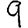
Digit: 9